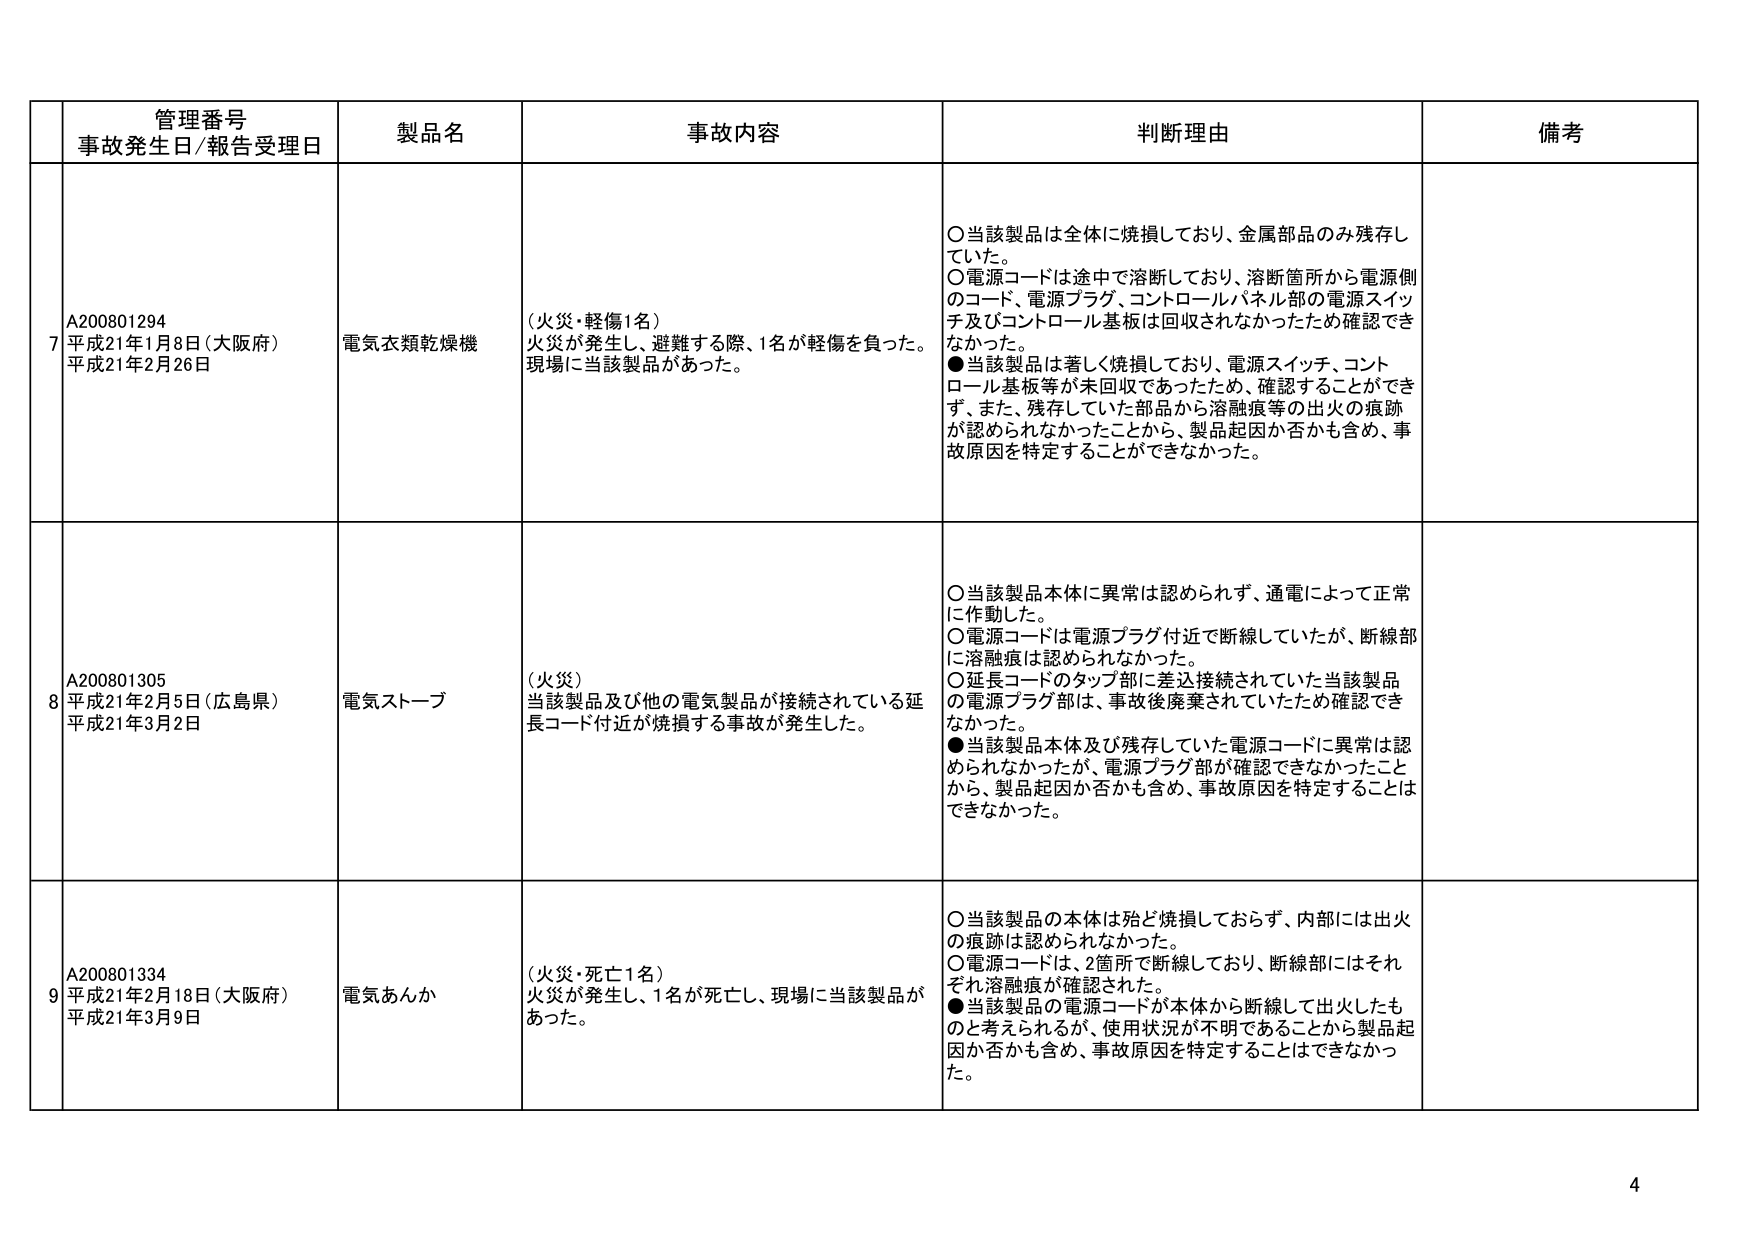
管理番号
事故発生日/報告受理日
製品名
事故内容
判断理由
備考

7
A200801294
平成21年1月8日（大阪府）
平成21年2月26日
電気衣類乾燥機
（火災・軽傷1名）
火災が発生し、避難する際、1名が軽傷を負った。
現場に当該製品があった。
○当該製品は全体に焼損しており、金属部品のみ残存していた。
○電源コードは途中で溶断しており、溶断箇所から電源側のコード、電源プラグ、コントロールパネル部の電源スイッチ及びコントロール基板は回収されなかったため確認できなかった。
●当該製品は著しく焼損しており、電源スイッチ、コントロール基板等が未回収であったため、確認することができず、また、残存していた部品から溶融痕等の出火の痕跡が認められなかったことから、製品起因か否かも含め、事故原因を特定することができなかった。

8
A200801305
平成21年2月5日（広島県）
平成21年3月2日
電気ストーブ
（火災）
当該製品及び他の電気製品が接続されている延長コード付近が焼損する事故が発生した。
○当該製品本体に異常は認められず、通電によって正常に作動した。
○電源コードは電源プラグ付近で断線していたが、断線部に溶融痕は認められなかった。
○延長コードのタップ部に差込接続されていた当該製品の電源プラグ部は、事故後廃棄されていたため確認できなかった。
●当該製品本体及び残存していた電源コードに異常は認められなかったが、電源プラグ部が確認できなかったことから、製品起因か否かも含め、事故原因を特定することはできなかった。

9
A200801334
平成21年2月18日（大阪府）
平成21年3月9日
電気あんか
（火災・死亡1名）
火災が発生し、1名が死亡し、現場に当該製品があった。
○当該製品の本体は殆ど焼損しておらず、内部には出火の痕跡は認められなかった。
○電源コードは、2箇所で断線しており、断線部にはそれぞれ溶融痕が確認された。
●当該製品の電源コードが本体から断線して出火したものと考えられるが、使用状況が不明であることから製品起因か否かも含め、事故原因を特定することはできなかった。

4